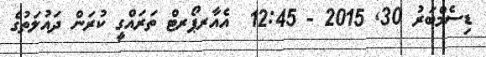
ޑިސެމްބަރު 30